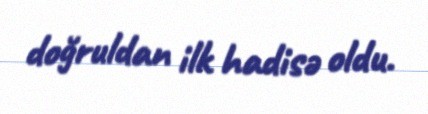
doğruldan ilk hadisə oldu.